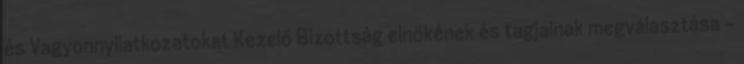
és Vagyonnyilatkozatokat Kezelő Bizottság elnökének és tagjainak megválasztása -